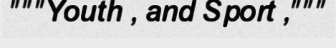
"""Youth , and Sport ,"""